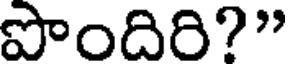
పొందిరి?"